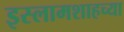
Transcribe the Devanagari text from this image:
इस्लामशाहच्या